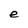
Character: e